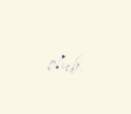
olub.